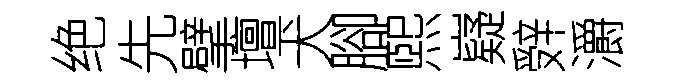
绝先擘壇犬腳煕嶷辤灂